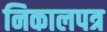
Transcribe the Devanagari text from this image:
निकालपत्र